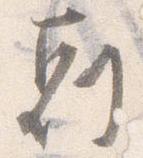
剋